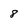
Character: 8